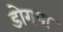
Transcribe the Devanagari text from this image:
डोगपा